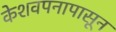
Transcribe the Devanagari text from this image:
केशवपनापासून